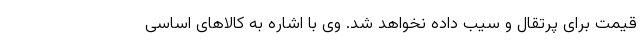
قیمت برای پرتقال و سیب داده نخواهد شد. وی با اشاره به کالاهای اساسی